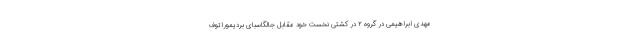
مهدی ابراهیمی در گروه ۲ در کشتی نخست خود مقابل جالگاسبای بردیموراتوف